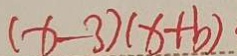
( x - 3 ) ( x + b ) \cdot